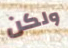
ولكن